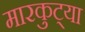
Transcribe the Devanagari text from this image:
मारकुट्या